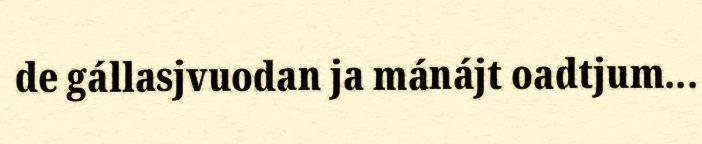
de gállasjvuodan ja mánájt oadtjum...